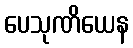
ပေသုဏိယေန